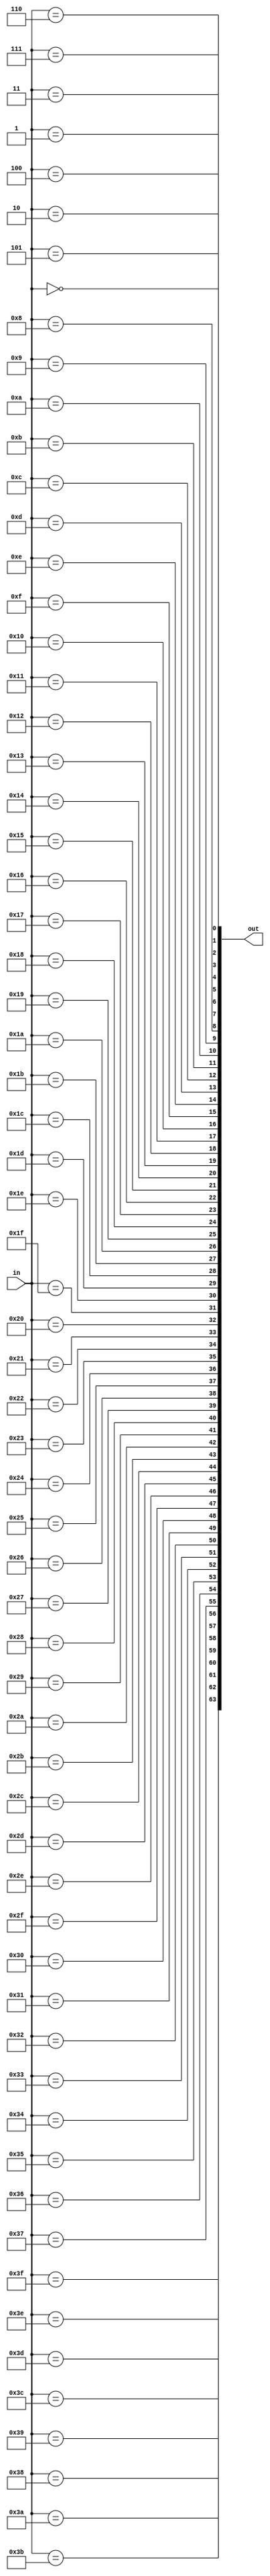
module ysyx_2022040010_decoder_6_64 (
    input  [ 5:0]  in,
    output [63:0]  out
);

    genvar i;
    generate 
        for (i = 0; i < 64; i = i + 1) 
            begin: decoder6
                assign out[i] = (in == i);
            end
    endgenerate
endmodule